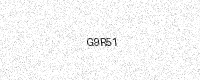
Text: G9R51